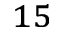
^ { 1 5 }